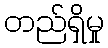
တည်ရှိမှု